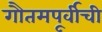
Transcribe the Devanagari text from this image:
गौतमपूर्वीची